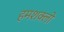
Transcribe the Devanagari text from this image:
हमशक्लों